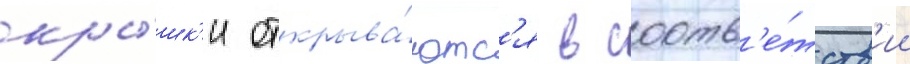
кры́шк'и открыва́ютс'я в соотв'е́тств'ии